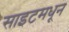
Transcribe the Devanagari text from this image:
साइटमधून